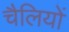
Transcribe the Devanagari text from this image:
चैलियों